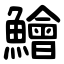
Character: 鱠